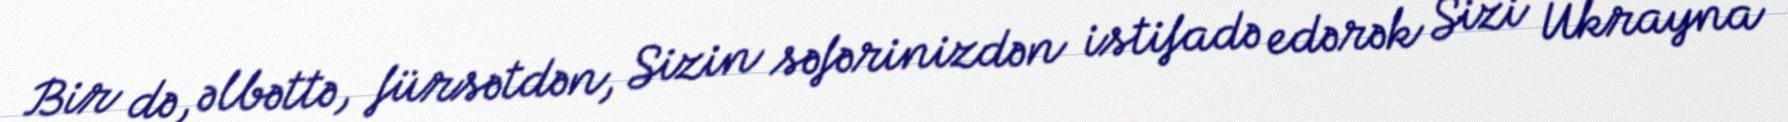
Bir də, əlbəttə, fürsətdən, Sizin səfərinizdən istifadə edərək Sizi Ukrayna